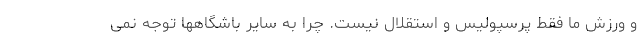
و ورزش ما فقط پرسپولیس و استقلال نیست. چرا به سایر باشگاهها توجه نمی